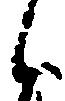
候